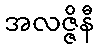
အလဇ္ဇိနီ